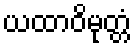
ယထာဝိမုတ္တံ